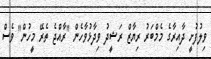
ވިލުފުށީ ދާއިރާގެ މެމްބަރު ރިޔާޒް ރަޝީދު ވިދާޅުވާހެން "ރާއްޖެ ތެރޭ މީހުން" ވެސް